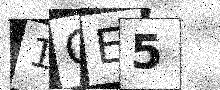
Text: 1OE5